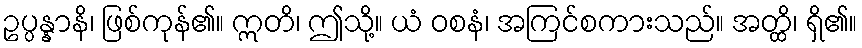
ဥပ္ပန္နာနိ၊ ဖြစ်ကုန်၏။ ဣတိ၊ ဤသို့။ ယံ ဝစနံ၊ အကြင်စကားသည်။ အတ္ထိ၊ ရှိ၏။